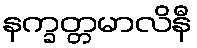
နက္ခတ္တမာလိနီ